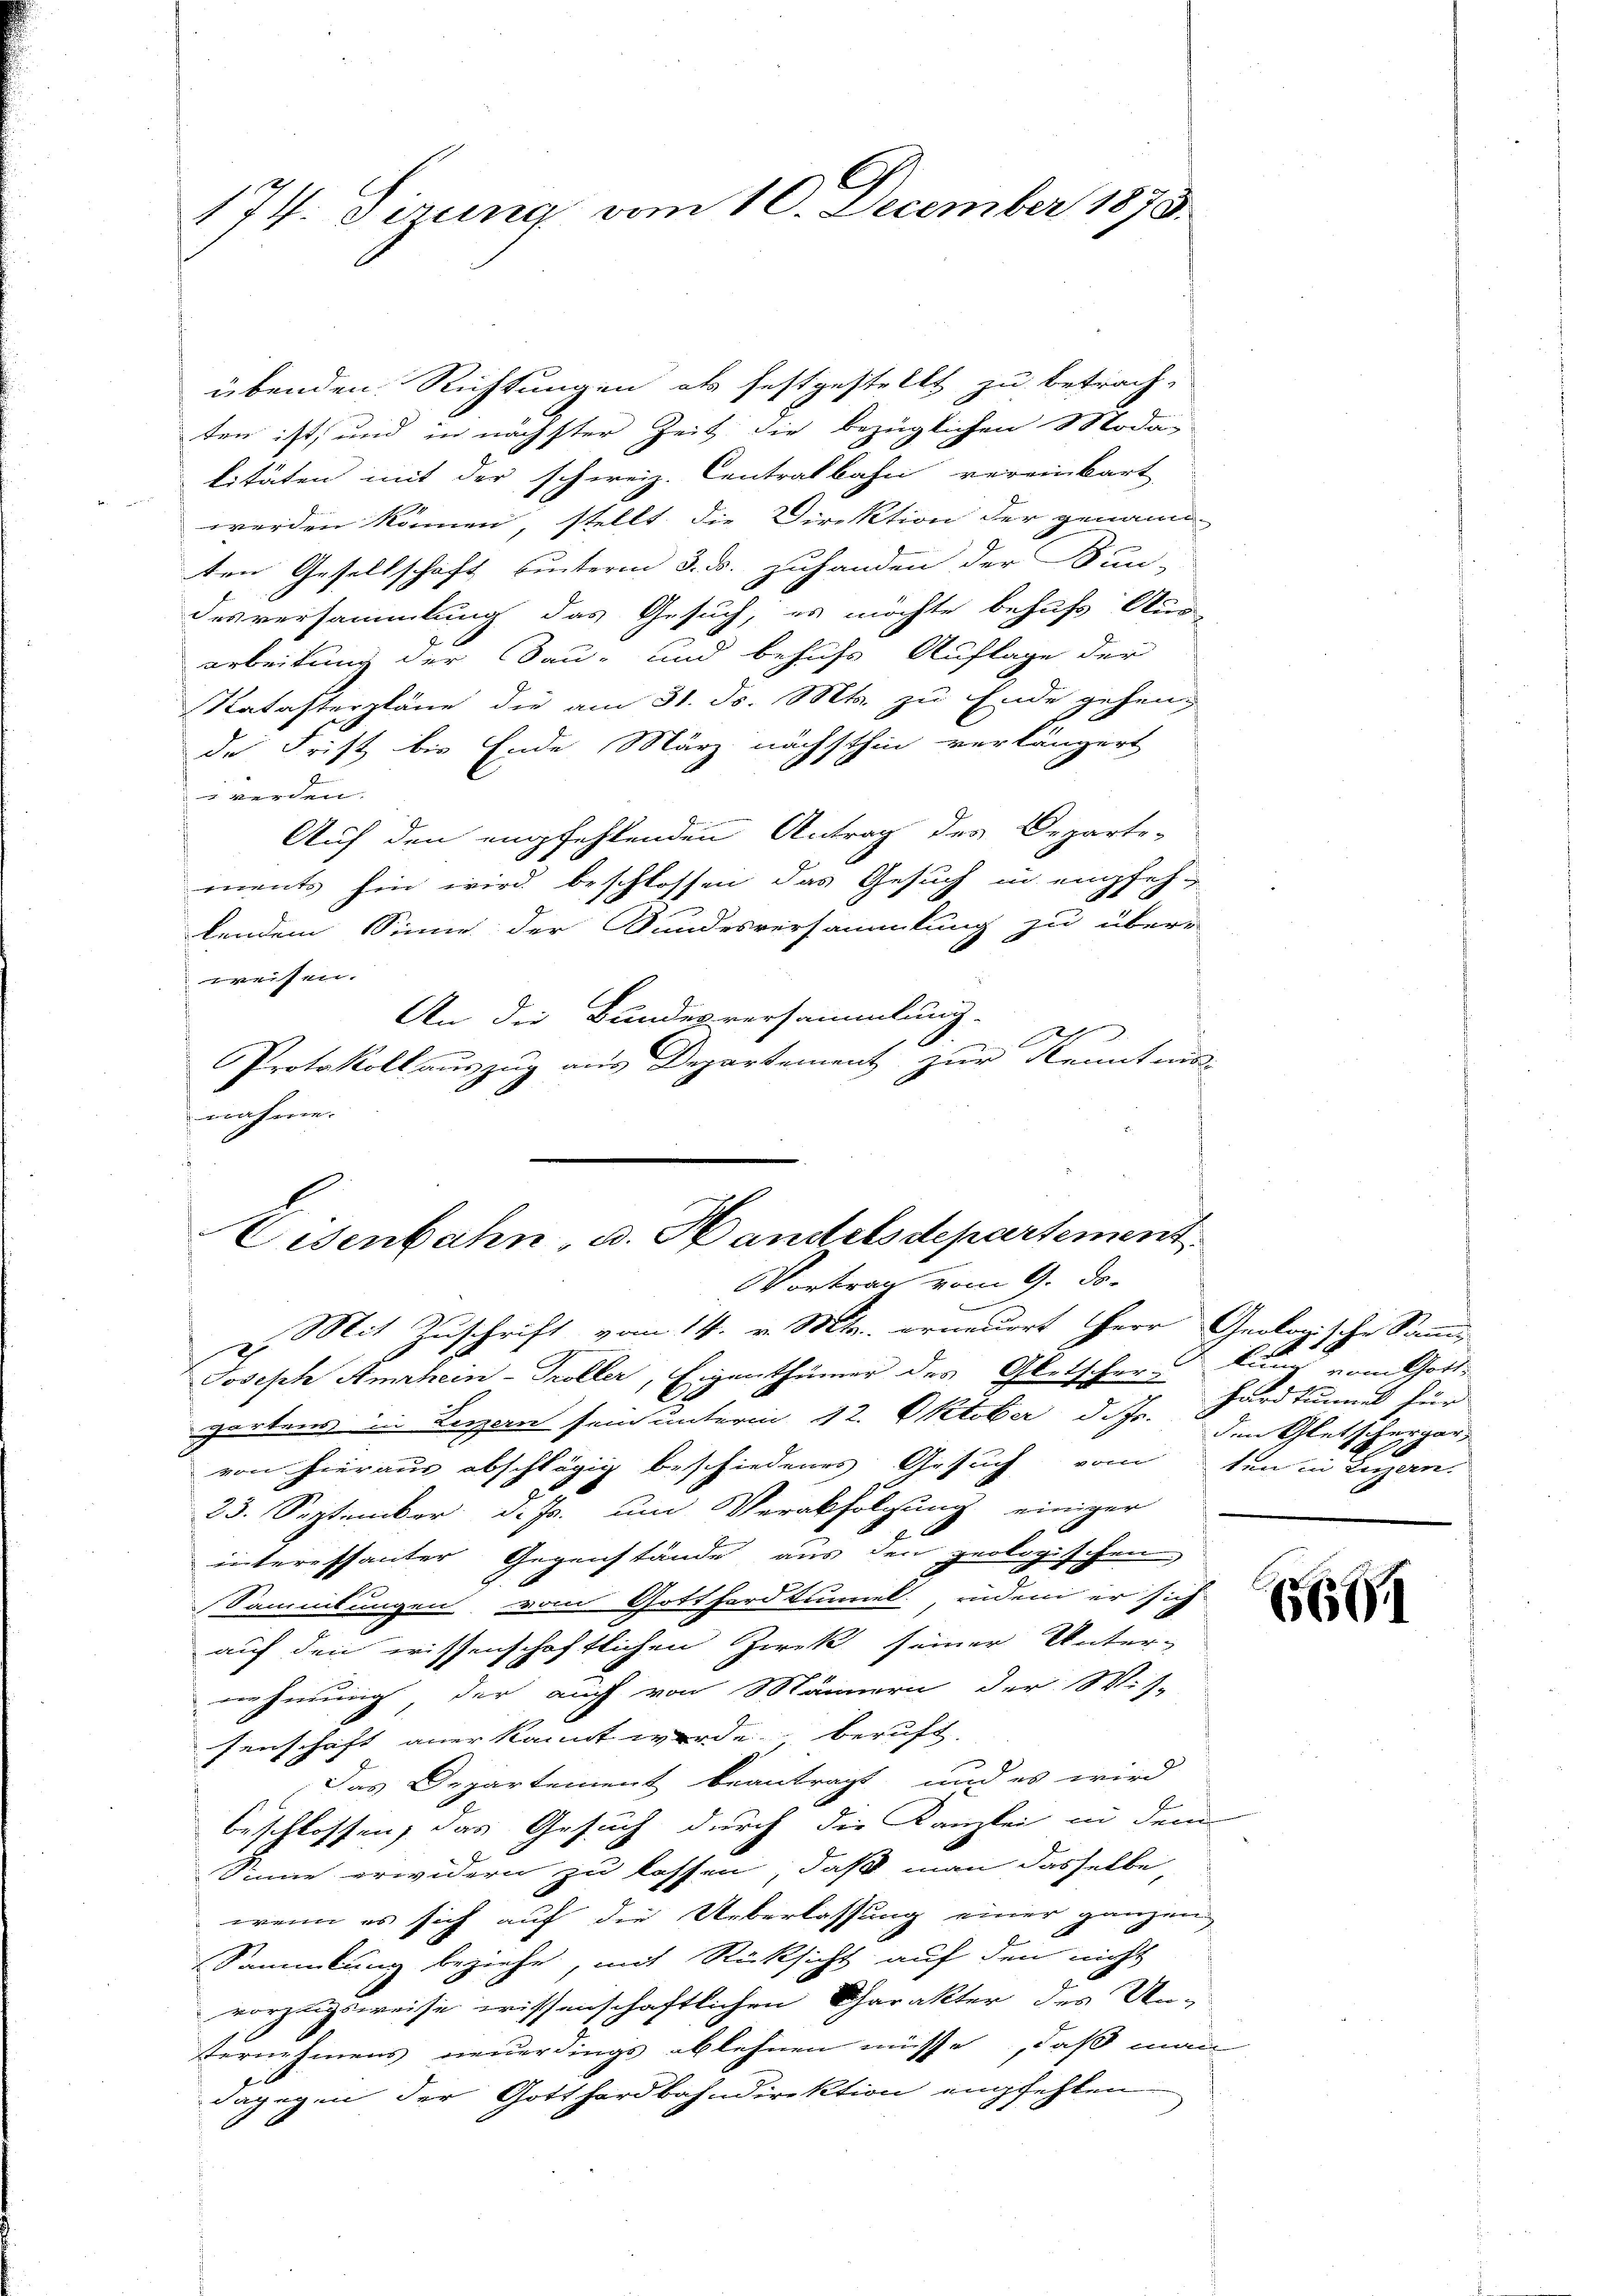
174. Dirung vom 10. December 1873.

übenden Richtungen als festgestellt zu betrach-
ten ist, und in nächster Zeit die bezüglichen Moda-
litäten mit der schweiz. Centralbahn vereinbart
werden können, stellt die Direktion der genann
ten Gesellschaft hinterm 3. ds. zuhanden der Kun-
desversammlung das Gesuch, es möchte behufs Aus
arbeitung der Bau- und behufs Auflage der
Katasterpläne die am 31. ds. Mts. zu Ende gehen,
de Frist bis Ende März nächsthin verlängert
 werden.
Auf den empfehlenden Antrag des Departe-
ments hin wird beschlossen das Gesuch in empfeh
kendem Sinne der Bundesversammlung zu über-
reisen.
An die Bundesversammlung.
Protokoll auszug aus Departement zur Kenntnis-
nahme.

Eisenbahn, u. Handelsdepartement
Vortrag vom 9. De-

Mit Zuschrift vom 14. v. Mts. erneuert Herr Geologische Samm-
Joseph Amrhein-Troller, Eigenthümer des Gletscher kung vom Gott-
zartens in Lenzern sein unterm 12. Oktober d. Js. den Gletschergervon hieraus abschlägig beschiedenes Gesuch vom den in Luzern.
23. September d. Js. um Verabfolgung einiger
interessanter Gegenstände aus den geologischen
Sammlungen vom Gotthardtunnel, indem er sich
auf den wissenschaftlichen Zwek seiner Unter-
nehmung der auch von Männern der Wis-
senschaft aner kannt werde, beruft.
Das Departement beantragt, und es wird
beschlossen, das Gesuch durch die Kanzlei in dem
Sinne erwidern zu lassen, daß man dasselbe,
wenn es sich auf die Ueberlassung einer ganzen
Sammlung beziehe, mit Rücksicht auf den nicht
vorzugsweise wissenschaftlichen Charakter des Un-
Vernehmens neuerdings ablehnen müsse, daß man
dagegen der Gotthardbahndirektion empfehlen.

hardtunnel für

660